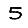
Digit: 5